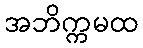
အဘိက္ကမထ